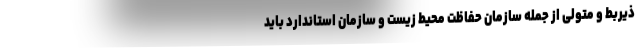
ذیربط و متولی از جمله سازمان حفاظت محیط زیست و سازمان استاندارد باید